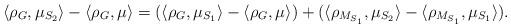
LaTeX: \begin{align*}\langle \rho_G, \mu_{S_2} \rangle - \langle \rho_G, \mu \rangle = (\langle \rho_G, \mu_{S_1} \rangle - \langle \rho_G, \mu \rangle ) + (\langle \rho_{M_{S_1}}, \mu_{S_2} \rangle - \langle \rho_{M_{S_1}}, \mu_{S_1} \rangle).\end{align*}